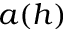
a ( h )